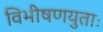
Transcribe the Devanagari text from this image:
विभीषणयुताः